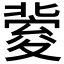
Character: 𡕶